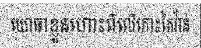
យោធាខ្លួនហោះពីលើកោះតៃវ៉ាន់